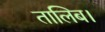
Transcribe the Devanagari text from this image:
तालिब।